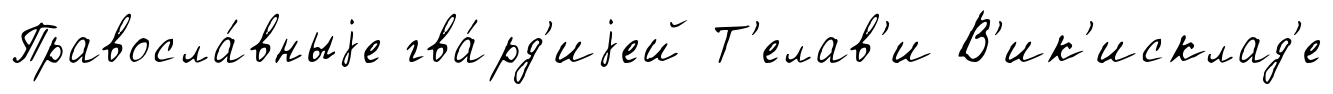
Правосла́вныjе гва́рд'иjей Т'елав'и В'ик'исклад'е